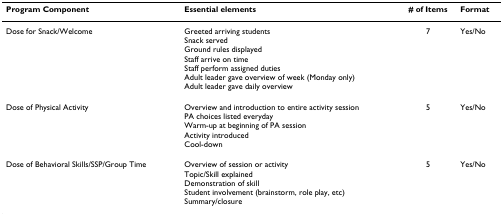
| Program Component | Essential elements | # of Items | Format |
 | --- | --- | --- | --- |
 | Dose for Snack/Welcome | Greeted arriving studentsSnack servedGround rules displayedStaff arrive on timeStaff perform assigned dutiesAdult leader gave overview of week (Monday only)Adult leader gave daily overview | 7 | Yes/No |
 | Dose of Physical Activity | Overview and introduction to entire activity sessionPA choices listed everydayWarm-up at beginning of PA sessionActivity introducedCool-down | 5 | Yes/No |
 | Dose of Behavioral Skills/SSP/Group Time | Overview of session or activityTopic/Skill explainedDemonstration of skillStudent involvement (brainstorm, role play, etc)Summary/closure | 5 | Yes/No |